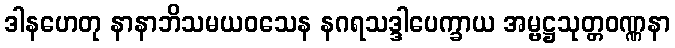
ဒါနဟေတု နာနာဘိသမယဝသေန နဂရသဒ္ဒါပေက္ခာယ အမ္ဗဋ္ဌသုတ္တဝဏ္ဏနာ